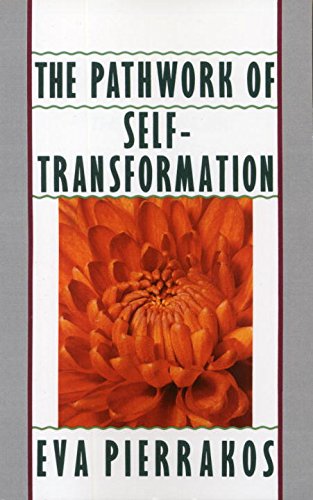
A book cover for The Pathwork of Self-Transformation; Eva Pierrakos; Health, Fitness & Dieting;